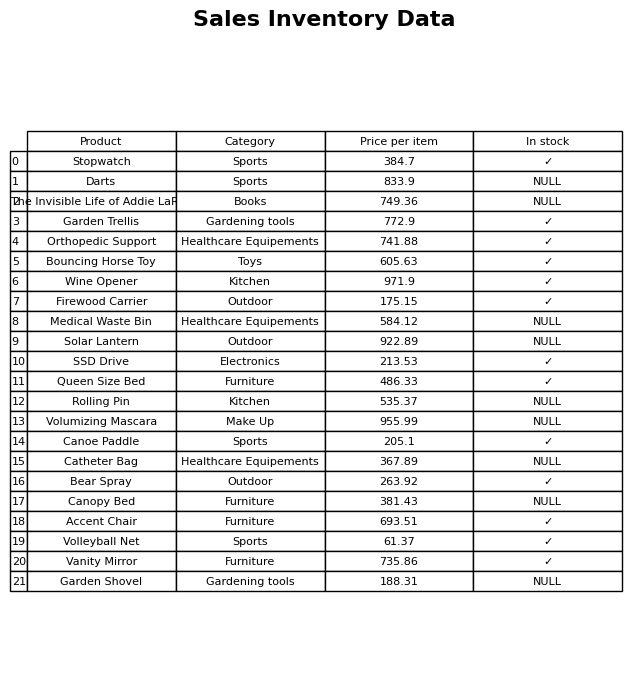
question: What is the price of the Orthopedic Support?
answer: The price of Orthopedic Support is 741.88.